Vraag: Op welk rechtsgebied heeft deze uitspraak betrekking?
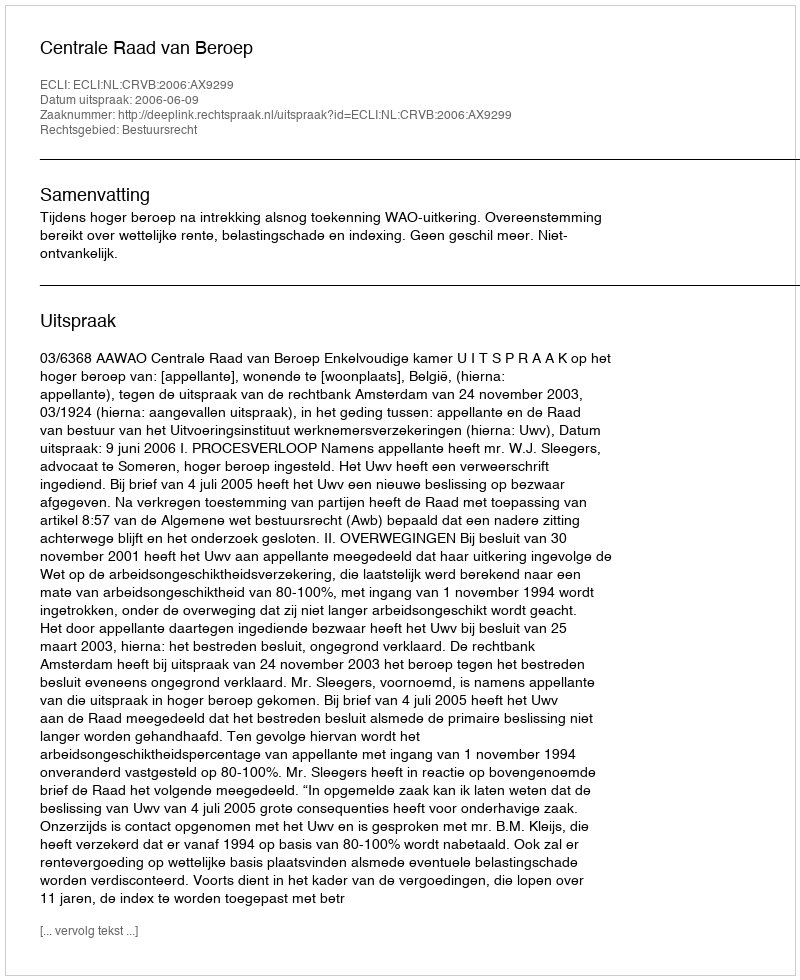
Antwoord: Bestuursrecht